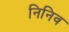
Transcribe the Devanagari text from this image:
निनिव